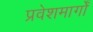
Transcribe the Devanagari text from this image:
प्रवेशमार्गों